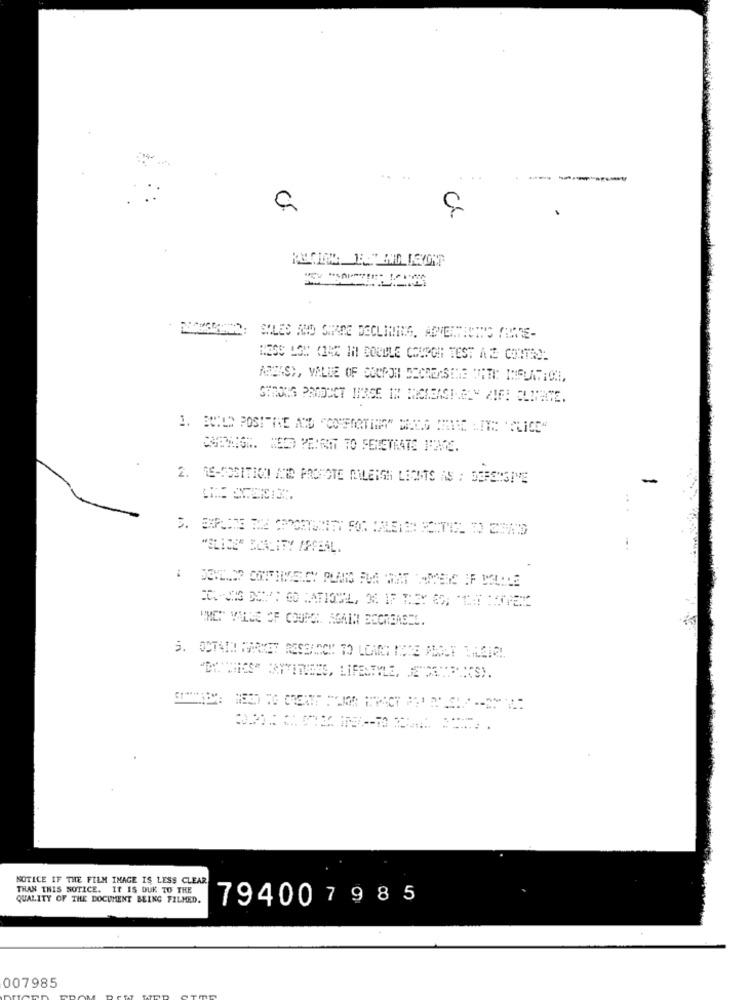
-
a
HESS LOW (IAX IM BOODLE COUPON TEST A Z CONTROL
STRONG PRODUCT INRSE IN BRCREASINELY ZIFI CLIMATE.
THE LIVE .PLICE"
CENAGR. SEI PEIRIT TO PENETRATE IVANE.
2. RE-POSITION AND PROMOTE MILLERGH LICHTS AS : DEFENSIVE
"SLICE" ELALITY APPEAL.
WHEN" VIENE OF COUMA. AGAIN BCCREASEL.
in
WWICS" CANTITUDES, LIFESTYLE, JEDATPICS).
NOTICE IF THE FILM IMAGE IS LESS CLEAR
THAN THIS NOTICE. It IS DUE TO THE
QUALITY OF THE DOCUMENT BEING FILMED.
794007985
007985